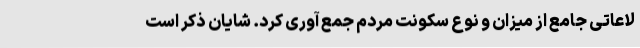
لاعاتی جامع از میزان و نوع سکونت مردم جمع آوری کرد. شایان ذکر است